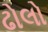
ઢોલો